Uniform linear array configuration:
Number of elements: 24
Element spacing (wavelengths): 0.75
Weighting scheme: hamming
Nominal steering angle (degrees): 0
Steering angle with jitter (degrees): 0.2774
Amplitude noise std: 0.05
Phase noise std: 0.05

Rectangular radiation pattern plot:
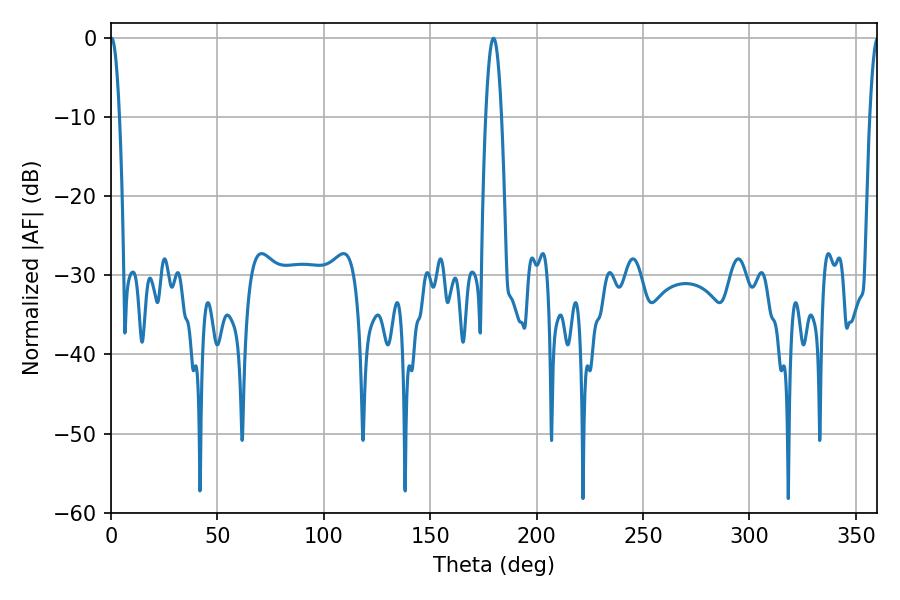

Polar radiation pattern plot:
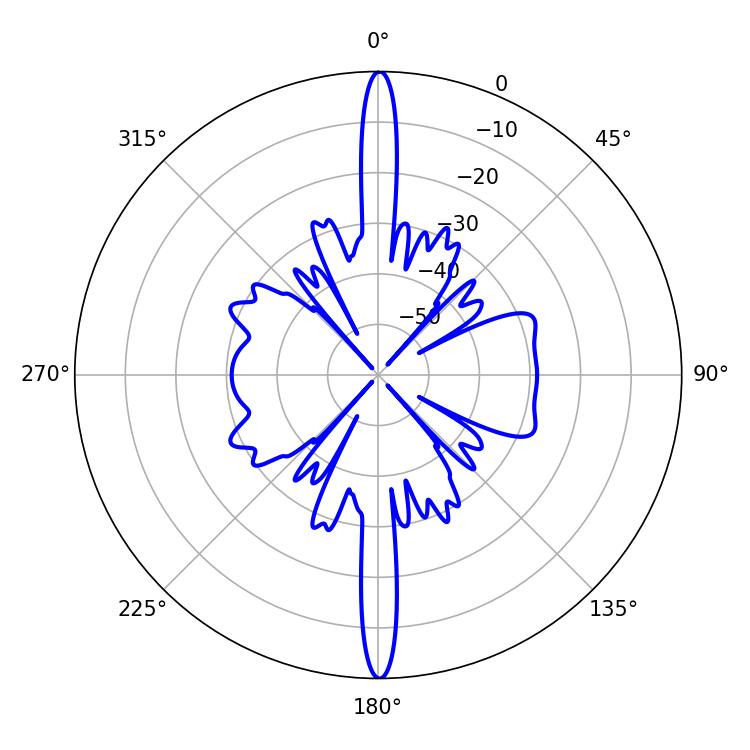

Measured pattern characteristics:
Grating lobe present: TRUE
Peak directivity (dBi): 33.084
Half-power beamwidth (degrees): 2.34
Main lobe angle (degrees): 0.18